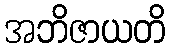
အဘိဇာယတိ